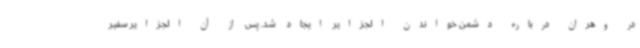
در وهران درباره دشمن خواندن الجزایر ایجاد شد. پس از آن الجزایر سفیر